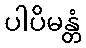
ပါပိမန္တံ